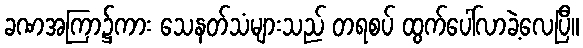
ခဏအကြာ၌ကား သေနတ်သံများသည် တရစပ် ထွက်ပေါ်လာခဲ့လေပြီ။